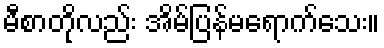
မီစာတိုလည်း အိမ်ပြန်မရောက်သေး။